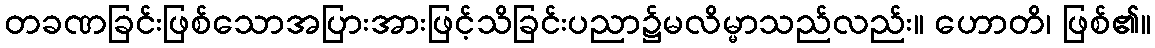
တခဏခြင်းဖြစ်သောအပြားအားဖြင့်သိခြင်းပညာ၌မလိမ္မာသည်လည်း။ ဟောတိ၊ ဖြစ်၏။